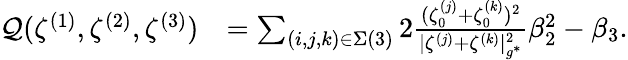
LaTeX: \begin{array}{rl}{\mathcal{Q}(\zeta^{(1)},\zeta^{(2)},\zeta^{(3)})}&{=\sum_{(i,j,k)\in\Sigma(3)}2\frac{(\zeta_{0}^{(j)}+\zeta_{0}^{(k)})^{2}}{|\zeta^{(j)}+\zeta^{(k)}|_{g^{*}}^{2}}\beta_{2}^{2}-\beta_{3}.}\end{array}